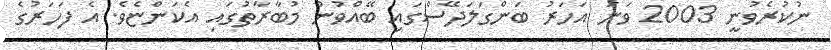
ނުކުރެވުނީ 2003 ވަނަ އަހަރު ބަންގަލަދޭސްގައި ބޭއްވުނު މުބާރާތުގައި އެކަންޏެވެ. އެ ފަހަރުގެ